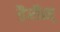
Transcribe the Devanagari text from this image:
डैरीस्